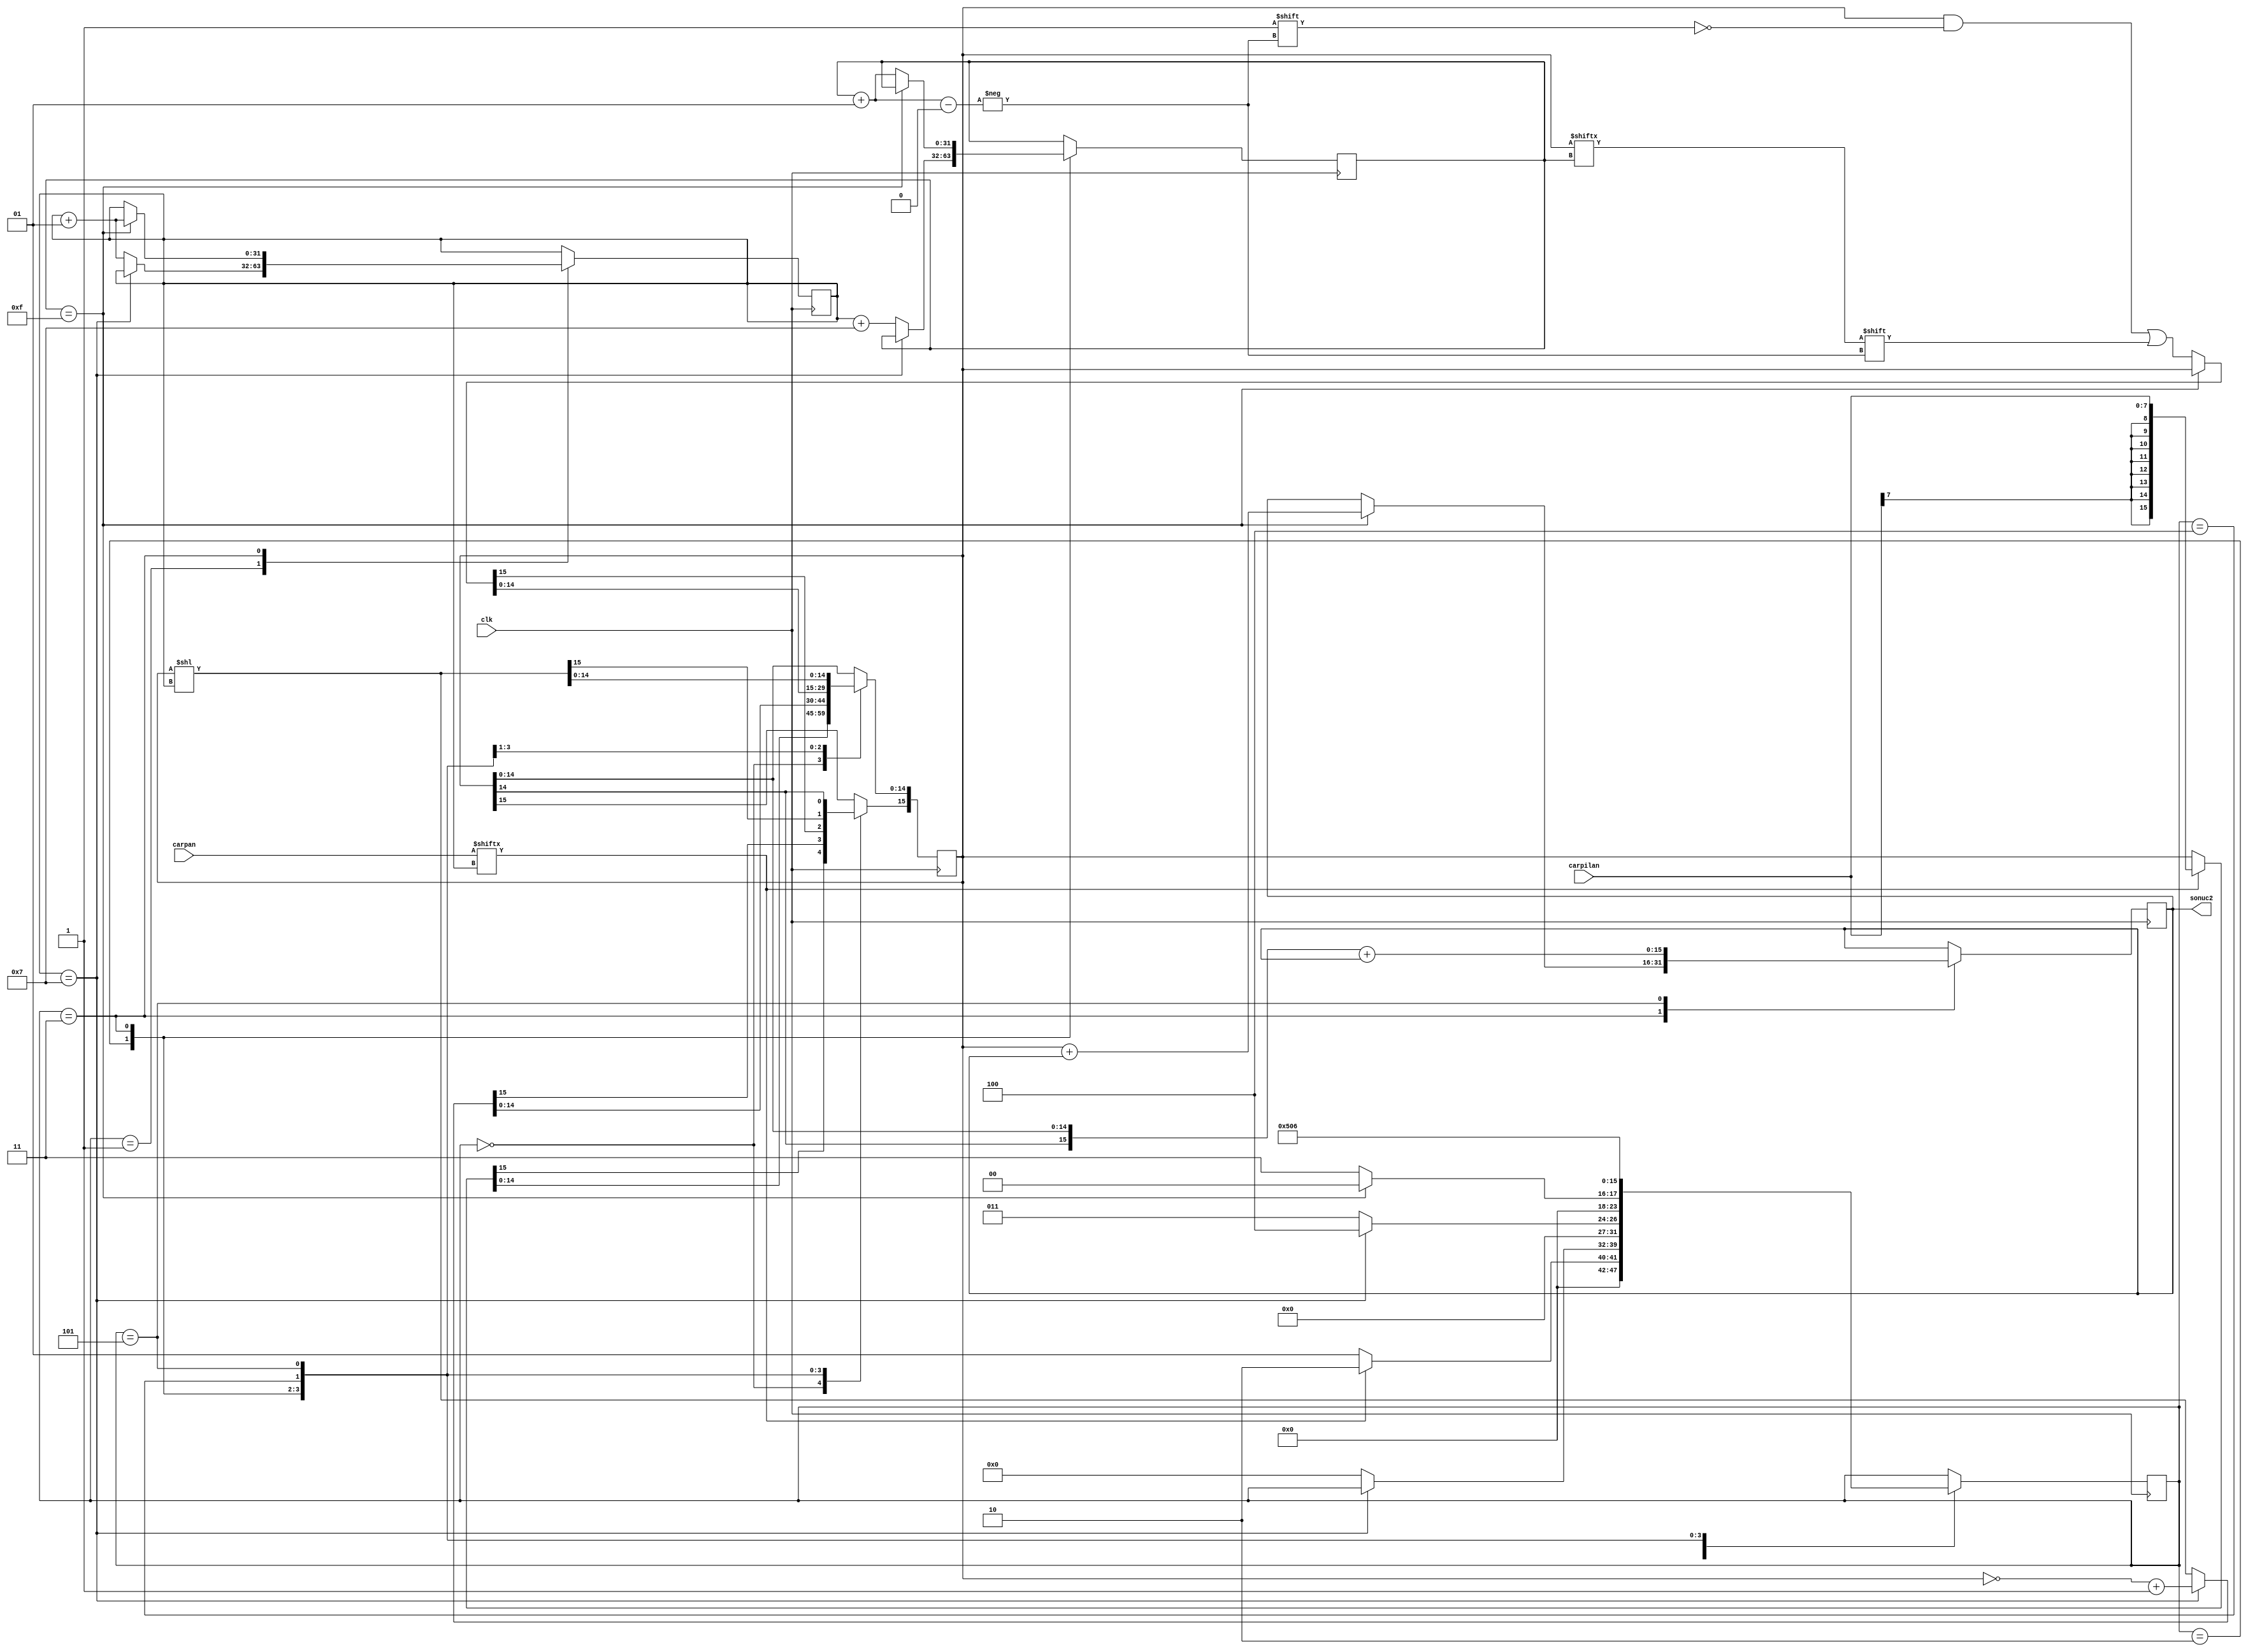
`timescale 1ns / 1ps

module multx(

	input signed  [7:0] carpilan,
	input signed  [7:0] carpan,
	input clk,
	output [15:0] sonuc2  
	
	);
  
	reg [7:0] durum = 0;
	reg [15:0] sonuc1;
	reg [15:0] sonuc = 0;
	integer  i = 0; // 
	integer  k = 0;
	
	//  carpilan 1011_0000
	// carpan    1101_0000
	

always @(posedge clk) begin  

    case(durum)
	
        0:begin
		
			if (carpan[i]==0) begin // carpanin i. bitinin sifir olmasi durumu
			
				durum<=1;
			
			end
			
			else begin // carpanin i. bitinin 1 olmasi durumu
			
				sonuc1 = carpilan;
				durum <= 2; // durum 2'ye gidilir
				
			end
			
		end
		
        1:begin // carpanin i. biti sifir durumu
	  
            if (i == 7) begin // carpanin son biti 0
		    
                //
			 	
            end
		    
            else begin // bit sifir oldugu icin sola kaydirma miktarini tasiyan i degerini arttirmak yeterli olacaktir. 
		    
                 i = i + 1;
                 durum <= 0;
			 	
            end
		   
        end
    
        2:begin // carpanin i. biti bir olma durumu
	  
			if (i == 7) begin // carpanin son biti bir
		  
				sonuc1 = ~sonuc1 + 1'b1; // carpanin son biti 1 oldugu icin son islemde two's complement alinir.
				durum <= 4;
			
			end
          
            else begin // carpanin son bitinden onceki bitlerin bir olmasi
		  
				k = i+7; // genisletmenin kacinci bitten baslayacak degeri
				sonuc1 = sonuc1 << i;
				durum<=3;
			
            end
			
		end 
        
        3:begin // case yapisiyla dongu yaparak k--15 arasi bitlerin atanmasi.
		
            if (k == 15) begin
		   
				i = i + 1;
				sonuc = sonuc1 + sonuc;
				durum <= 0;
			 
            end
			
            else begin
		   
				sonuc1[k+1] = sonuc1[k];
				k = k+1;
				durum <= 3;
			 
          end
			
        end 
          
        4:begin
		 
                sonuc1 = sonuc1 << i;
                durum <= 5;
			 
        end 
           
        5:begin
		
				sonuc1[15] = sonuc1[14];
				sonuc = sonuc1 + sonuc;
				durum <= 6;
			 
        end  
		6:begin
			//
		
		end	
           
    endcase 
    
    end
	
   assign sonuc2 = sonuc;
   
endmodule